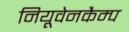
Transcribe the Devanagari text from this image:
नियूवेनकैम्प